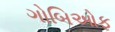
ગોબિઓફ